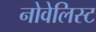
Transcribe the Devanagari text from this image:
नोवेलिस्ट